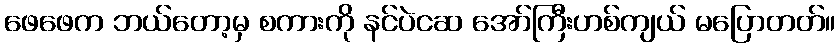
ဖေဖေက ဘယ်တော့မှ စကားကို နင်ပဲငဆ အော်ကြီးဟစ်ကျယ် မပြောတတ်။